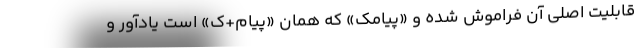
قابلیت اصلی آن فراموش شده و «پیامک» که همان «پیام+ک» است یادآور و